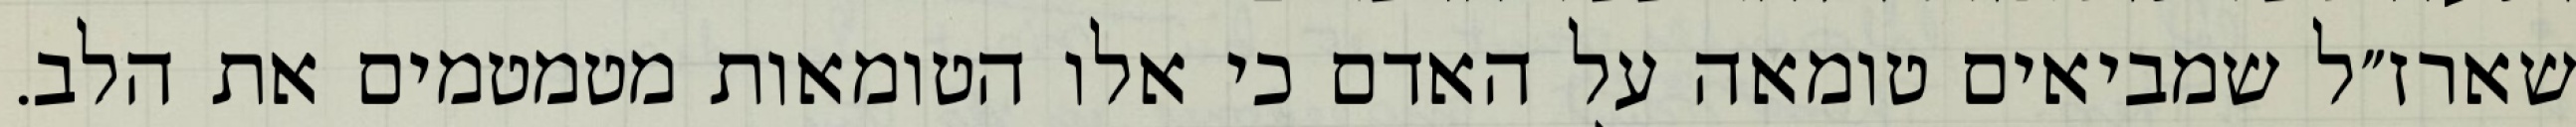
שארז״ל שמביאים טומאה על האדם כי אלו הטומאות מטמטמים את הלב.